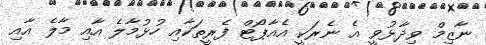
ނާޒިމް ވިދާޅުވީ އެ ނެރަކީ އެއާޕޯޓް ފެރީތަކާއި ހުޅުމާލެ އާއި މާލެ އާއި